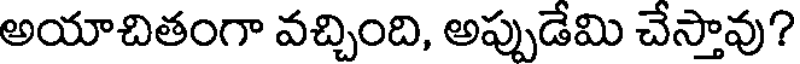
అయాచితంగా వచ్చింది, అప్పుడేమి చేస్తావు?